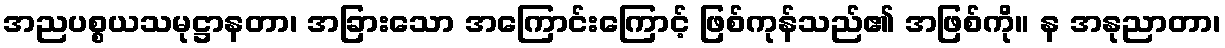
အညပစ္စယသမုဋ္ဌာနတာ၊ အခြားသော အကြောင်းကြောင့် ဖြစ်ကုန်သည်၏ အဖြစ်ကို။ န အနုညာတာ၊